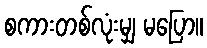
စကားတစ်လုံးမျှ မပြော။